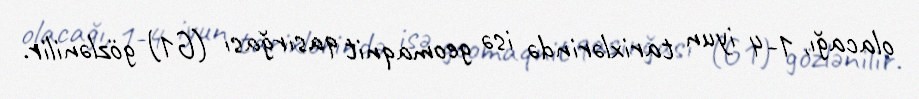
olacağı, 1-4 iyun tarixlərində isə geomaqnit qasırğası (G1) gözlənilir.